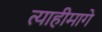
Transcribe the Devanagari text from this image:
त्याहीमागे